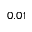
0 . 0 1